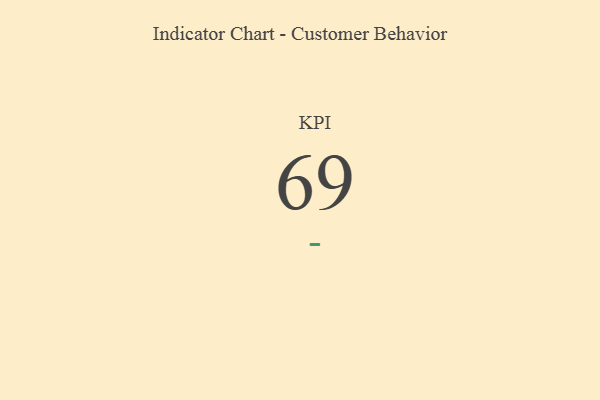
{"axis": {"x": "KPI", "y": "Value"}, "legend": [""], "data": [{"x": "KPI", "y": 69, "type": ""}]}